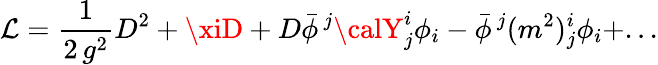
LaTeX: {\cal\mathcal{L}}=\displaystyle{\frac{{1}}{{2\, g^{2}}}}D^{2}+\xiD+D\bar{{\phi}}^{\, j}{\calY}_{j}^{i}\phi_{i}-\bar{{\phi}}^{\, j}(m^{2})_{j}^{i}\phi_{i}+...